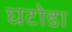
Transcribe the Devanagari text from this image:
घटोडा